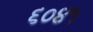
૬૦૪૧